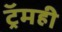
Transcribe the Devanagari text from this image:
ट्रॅमही